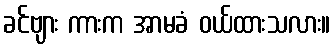
ခင်ဗျား ကားက အာမခံ ဝယ်ထားသလား။